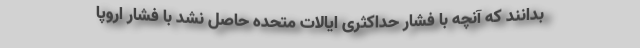
بدانند که آنچه با فشار حداکثری ایالات متحده حاصل نشد با فشار اروپا